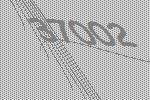
37002